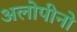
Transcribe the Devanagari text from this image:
अलोपीनो